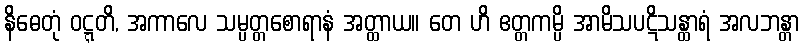
နိဓေတုံ ဝဋ္ဋတိ, အကာလေ သမ္ပတ္တစောရာနံ အတ္ထာယ။ တေ ဟိ ဧတ္တကမ္ပိ အာမိသပဋိသန္ထာရံ အလဘန္တာ